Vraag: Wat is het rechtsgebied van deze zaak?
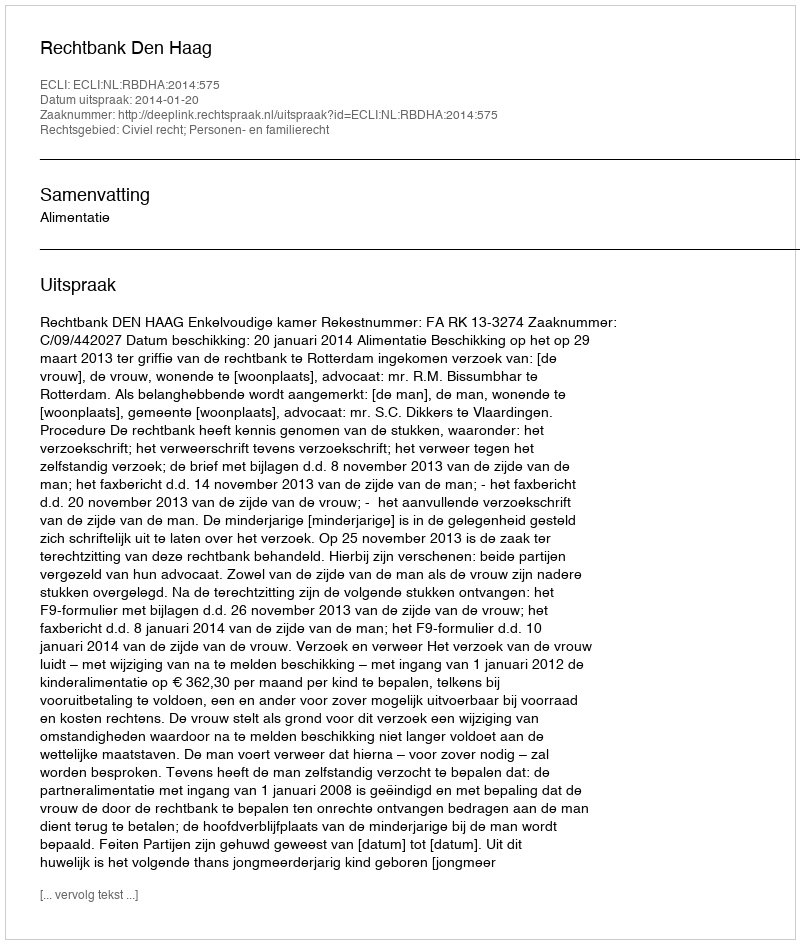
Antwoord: Civiel recht; Personen- en familierecht